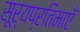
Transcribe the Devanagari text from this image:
सूर्यप्रतिमाएँ